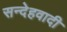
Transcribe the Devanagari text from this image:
सन्देहवादी